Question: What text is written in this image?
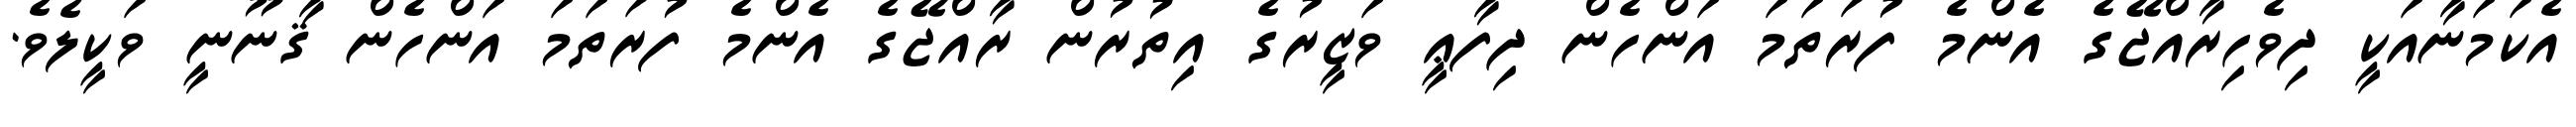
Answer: އެކަމަނާއަކީ ދިވެހިރާއްޖޭގެ އެންމެ ފުރަތަމަ އަންހެން ދިފާޢީ ވަޒީރުގެ އިތުރުން ރާއްޖޭގެ އެންމެ ފުރަތަމަ އަންހެން ޤާނޫނީ ވަކީލެވެ.